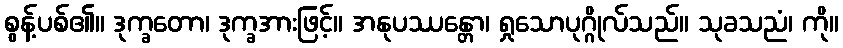
စွန့်ပစ်၏။ ဒုက္ခတော၊ ဒုက္ခအားဖြင့်။ အနုပဿန္တော၊ ရှုသောပုဂ္ဂိုလ်သည်။ သုခသညံ၊ ကို။